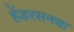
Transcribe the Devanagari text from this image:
हेंडरसनचा